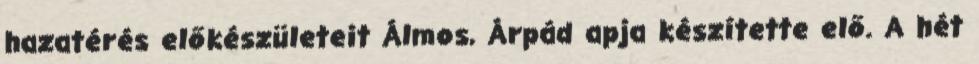
hazatérés előkészületeit Álmos, Árpád apja készítette elő. A hét